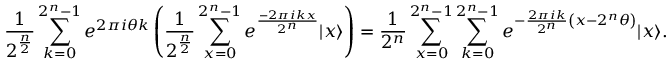
{ \frac { 1 } { 2 ^ { \frac { n } { 2 } } } } \sum _ { k = 0 } ^ { 2 ^ { n } - 1 } e ^ { 2 \pi i \theta k } \left( { \frac { 1 } { 2 ^ { \frac { n } { 2 } } } } \sum _ { x = 0 } ^ { 2 ^ { n } - 1 } e ^ { \frac { - 2 \pi i k x } { 2 ^ { n } } } | x \rangle \right) = { \frac { 1 } { 2 ^ { n } } } \sum _ { x = 0 } ^ { 2 ^ { n } - 1 } \sum _ { k = 0 } ^ { 2 ^ { n } - 1 } e ^ { - { \frac { 2 \pi i k } { 2 ^ { n } } } \left( x - 2 ^ { n } \theta \right) } | x \rangle .